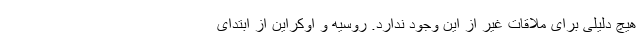
هیچ دلیلی برای ملاقات غیر از این وجود ندارد. روسیه و اوکراین از ابتدای